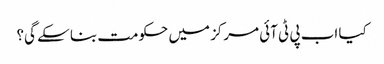
کیا اب پی ٹی آئی مرکز میں حکومت بنا سکے گی؟